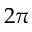
2 \pi